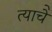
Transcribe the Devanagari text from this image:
त्याचेे